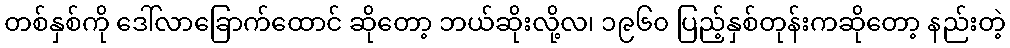
တစ်နှစ်ကို ဒေါ်လာခြောက်ထောင် ဆိုတော့ ဘယ်ဆိုးလို့လ၊ ၁၉၆၀ ပြည့်နှစ်တုန်းကဆိုတော့ နည်းတဲ့